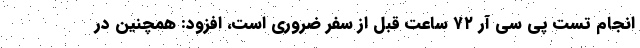
انجام تست پی سی آر ۷۲ ساعت قبل از سفر ضروری است، افزود: همچنین در